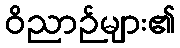
ဝိညာဉ်များ၏